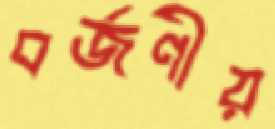
বর্জণীয়